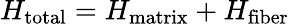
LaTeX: H_{\mathrm{total}}=H_{\mathrm{matrix}}+H_{\mathrm{fiber}}